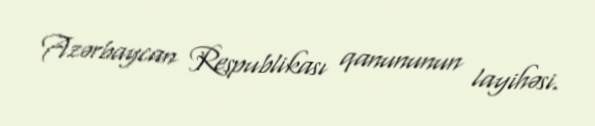
Azərbaycan Respublikası qanununun layihəsi.